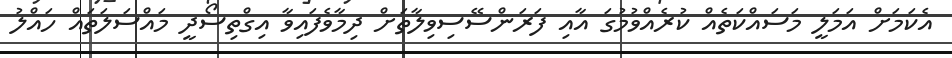
އެކަމަށް އަމަލީ މަސައްކަތެއް ކުރެއްވުމުގަ އާއި ފަރަންސޭސިވިލާތަށް ދިމާވެފައިވާ އިގްތިސޯދީ މައްސަލަތައް ހައްލު